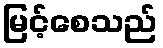
မြင့်စေသည်